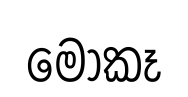
මොකෑ